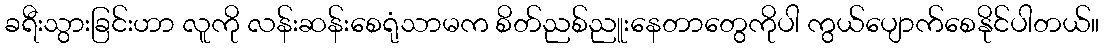
ခရီးသွားခြင်းဟာ လူကို လန်းဆန်းစေရုံသာမက စိတ်ညစ်ညူးနေတာတွေကိုပါ ကွယ်ပျောက်စေနိုင်ပါတယ်။